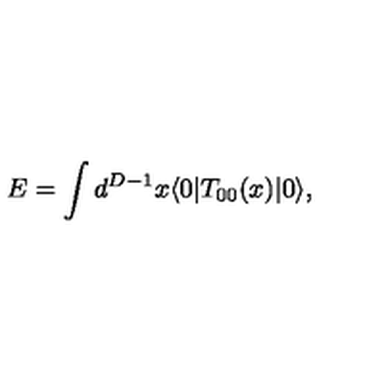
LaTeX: E = \int d ^ { D - 1 } x \langle 0 | T _ { 0 0 } ( x ) | 0 \rangle ,